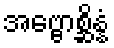
အဗ္ဗောစ္ဆိန္နံ